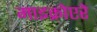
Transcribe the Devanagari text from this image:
माइक्रोएरे